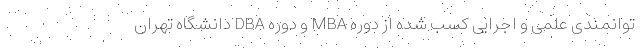
توانمندی علمی و اجرایی کسب شده از دوره‌ MBA و دوره DBA دانشگاه تهران